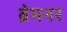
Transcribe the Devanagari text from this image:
ब्रेमनर